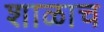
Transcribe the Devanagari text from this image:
शाळाच